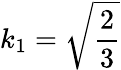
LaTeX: k_{1}=\sqrt{\frac{2}{3}}